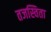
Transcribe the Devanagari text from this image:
तजस्विता